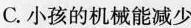
C.小孩的机械能减少